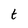
Character: t